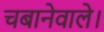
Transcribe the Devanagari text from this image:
चबानेवाले।